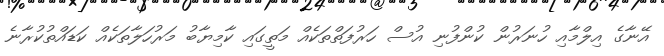
އޭނާގެ އިލްމާއި ހުނަރުން ކުންފުނި އުސް ހަރުފަތްތަކެއް މަތީގައި ކާމިޔާބު މަރުހަލާތަކެއް ކަޑައްތުކުރާނެ